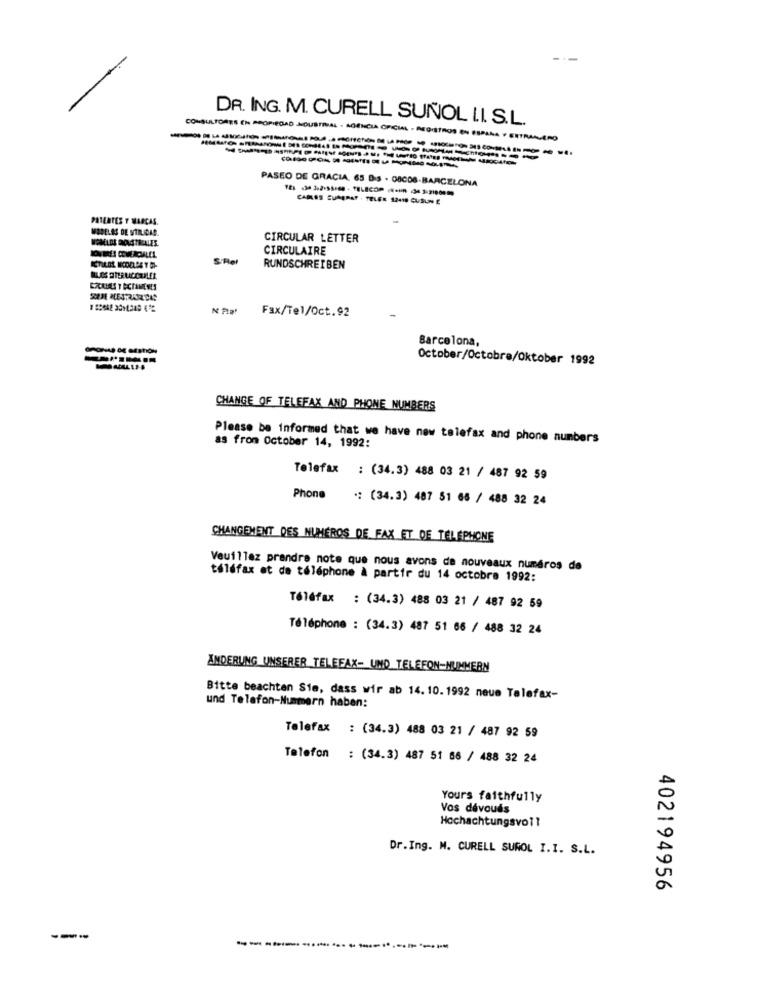
DR. ING. M. CURELL SUÑOL LI. S.L.
CONSULTORES EN PROPIEDAD NOUSTRVAL - AGENCIA OFICIAL - REGISTROS EN ESPANA . ENTRAAVERO
PASEO DE GRACIA. 65 Bis - 08008-BARCELONA
CARES CUMERST . TELER 12410 CUSUN E
PATENTES T MARCAS.
MODELOS DE UTILIDAD.
CIRCULAR LETTER
CIRCULAIRE
RUNDSCHREIBEN
SEM ESTRARDAS
Fax/Tel/Oct.92
Barcelona,
October/Octobre/Oktober 1992
CHANGE OF TELEFAX AND PHONE NUMBERS
Please be informed that we have new telefax and phone numbers
as from October 14, 1992:
Telefax : (34.3) 488 03 21 / 487 92 59
Phone
.: (34.3) 487 51 66 / 488 32 24
CHANGEMENT DES NUMÉROS DE FAX ET DE TELEPHONE
Veuillez prendre note que nous avons de nouveaux numéros de
téléfax et de téléphone à partir du 14 octobre 1992:
Téléfax : (34.3) 488 03 21 / 487 92 59
Téléphone : (34.3) 487 51 66 / 488 32 24
ANDERUNG UNSERER TELEFAX- UND TELEFON-NUMMERN
Bitte beachten Sie, dass wir ab 14. 10. 1992 neue Telefax-
und Telefon-Nummern haben:
Telefax : (34.3) 488 03 21 / 487 92 59
Telefon : (34.3) 487 51 66 / 488 32 24
Yours faithfully
Vos dévoués
Hochachtungsvoll
Dr.Ing. M. CURELL SUROL I.I. S.L.
402194956
---